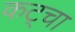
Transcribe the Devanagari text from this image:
कट्चा